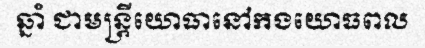
ឆ្នាំ ជាមន្ត្រីយោធានៅកងយោធពល